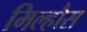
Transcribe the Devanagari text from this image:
मिल्हौस